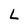
Character: L